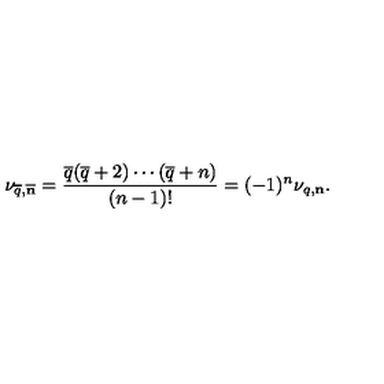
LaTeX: \nu _ { \overline { q } , \overline { { \bf n } } } = { \frac { \overline { q } ( \overline { q } + 2 ) \cdots ( \overline { q } + n ) } { ( n - 1 ) ! } } = ( - 1 ) ^ { n } \nu _ { q , { \bf n } } .